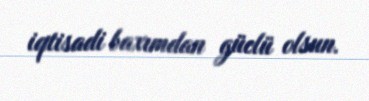
iqtisadi baxımdan güclü olsun.